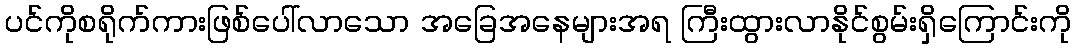
ပင်ကိုစရိုက်ကားဖြစ်ပေါ်လာသော အခြေအနေများအရ ကြီးထွားလာနိုင်စွမ်းရှိကြောင်းကို